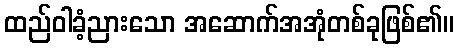
ထည်ဝါခံ့ညားသော အဆောက်အအုံတစ်ခုဖြစ်၏။